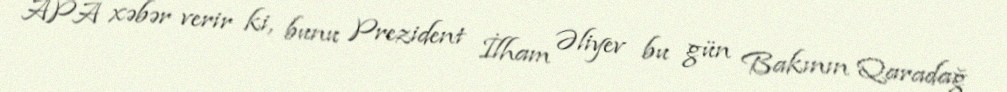
APA xəbər verir ki, bunu Prezident İlham Əliyev bu gün Bakının Qaradağ